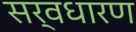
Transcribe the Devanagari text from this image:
सर्वधारण